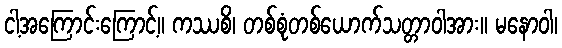
ငါ့အကြောင်းကြောင့်။ ကဿစိ၊ တစ်စုံတစ်ယောက်သတ္တာဝါအား။ မနောဝါ၊